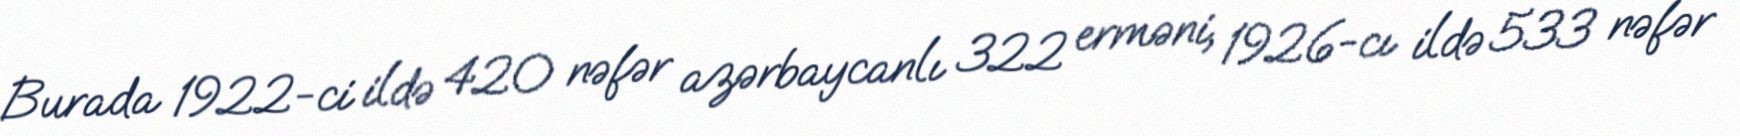
Burada 1922-ci ildə 420 nəfər azərbaycanlı 322 erməni, 1926-cı ildə 533 nəfər